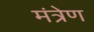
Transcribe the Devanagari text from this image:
मंत्रेण